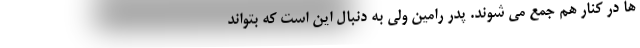
ها در کنار هم جمع می شوند. پدر رامین ولی به دنبال این است که بتواند